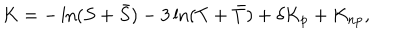
LaTeX: K = - \ln ( S + \bar { S } ) - 3 \ln ( T + \bar { T } ) + \delta K _ { \mathrm { p } } + K _ { \mathrm { n p } } ,